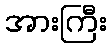
အားကြီး